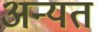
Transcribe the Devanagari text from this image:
अन्यत